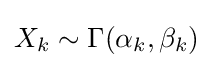
X_{k}\sim \Gamma (\alpha _{k},\beta _{k})